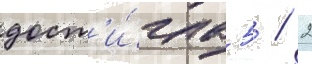
дост'и́гла 5 / 2